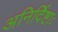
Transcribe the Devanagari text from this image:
अनिर्दिष्टाः